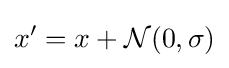
x'=x+{\mathcal {N}}(0,\sigma )